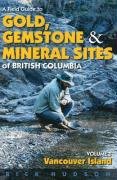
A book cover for A Field Guide to Gold, Gemstones and Minerals Vol 1: Vancouver Island; Rick Hudson; Science & Math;